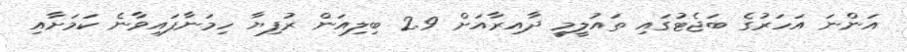
އަންނަ އަހަރުގެ ބަޖެޓުގައި ތައުލީމީ ދާއިރާއަށް 2.9 ބިލިއަން ރުފިޔާ ހިމަނާފައިވާނެ ކަމަށާއި